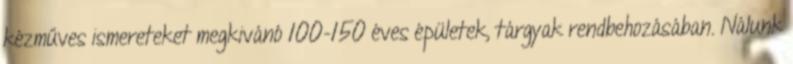
kézműves ismereteket megkivánó 100-150 éves épületek, tárgyak rendbehozásában. Nálunk